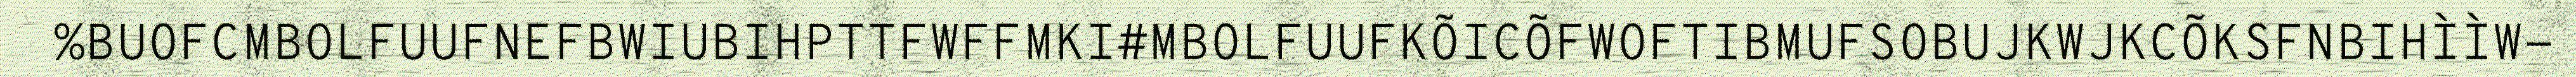
%BUOFCMBOLFUUFNEFBWIUBIHPTTFWFFMKI#MBOLFUUFKÕICÕFWOFTIBMUFSOBUJKWJKCÕKSFNBIHÌÌW-